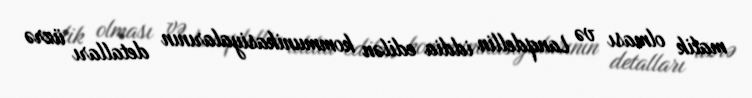
malik olması və Lanqdellin iddia edilən kommunikasiyalarının detalları üzrə